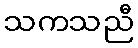
သကသညီ